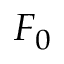
F _ { 0 }